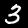
Label: 3